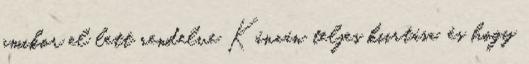
amikor el lett rendelve Kánaán teljes kiirtása, és hogy